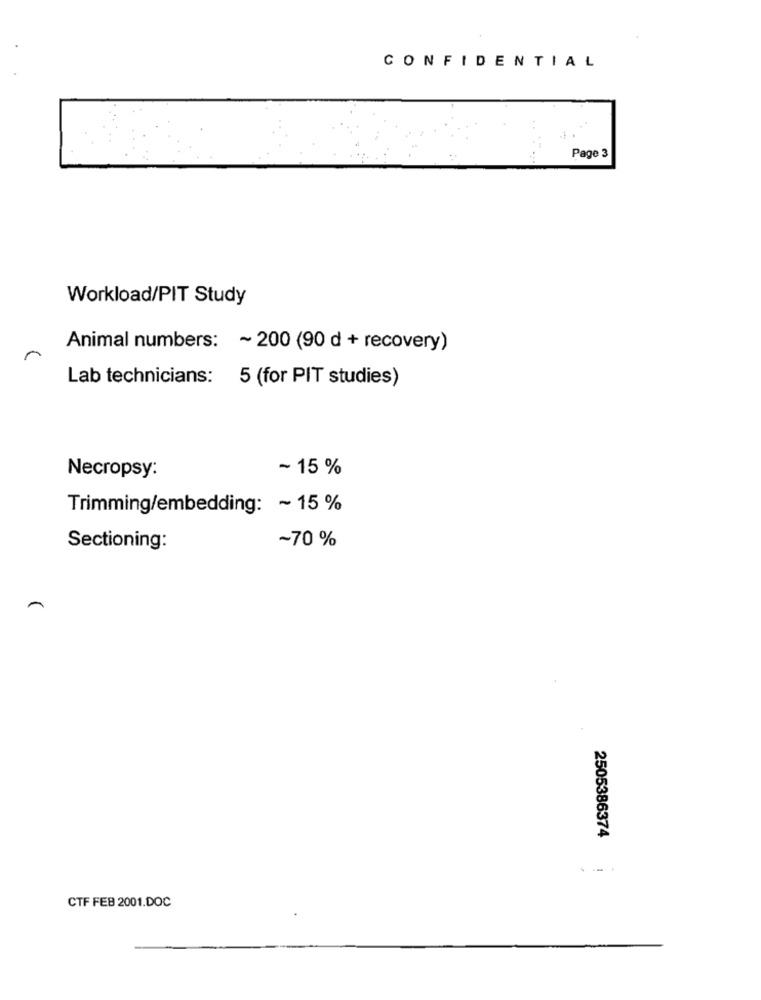
CONFIDENTIAL
Page 3
Workload/PIT Study
Animal numbers: ~ 200 (90 d + recovery)
Lab technicians: 5 (for PIT studies)
~15 %
Necropsy:
Trimming/embedding: ~ 15%
~70 %
Sectioning:
2505386374
CTF FEB 2001.DOC